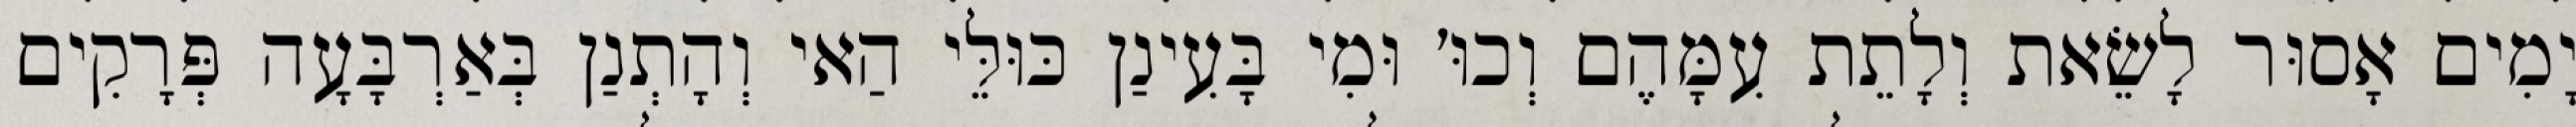
יָמִים אָסוּר לָשֵׂאת וְלָתֵת עִמָּהֶם וְכוּ׳ וּמִי בָּעִינַן כּוּלֵּי הַאי וְהָתְנַן בְּאַרְבָּעָה פְּרָקִים